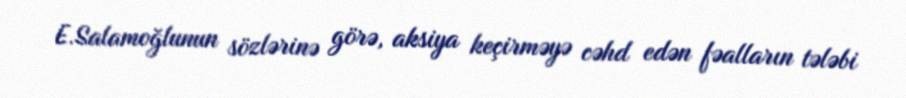
E.Salamoğlunun sözlərinə görə, aksiya keçirməyə cəhd edən fəalların tələbi